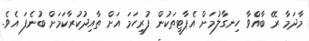
މާދަމާ ރޭ ބާއްވާ ހިނގާލުމަށް އެޕާޓީތަކުން ފުރިހަމަ އަށް ތާއިދުކުރާކަމަށް ބުނެފަ އެވެ.